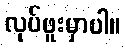
လုပ်ဖူးမှာပါ။